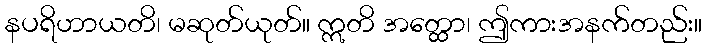
နပရိဟာယတိ၊ မဆုတ်ယုတ်။ ဣတိ အတ္ထော၊ ဤကားအနက်တည်း။